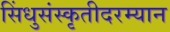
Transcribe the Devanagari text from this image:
सिंधुसंस्कृतीदरम्यान